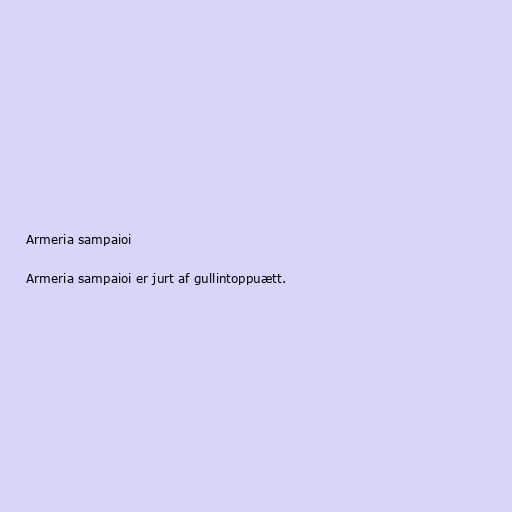
Armeria sampaioi

Armeria sampaioi er jurt af gullintoppuætt.